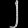
Digit: ၂